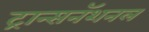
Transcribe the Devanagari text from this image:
ट्रान्सनॅशनल